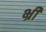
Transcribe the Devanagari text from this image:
भ्रीं